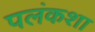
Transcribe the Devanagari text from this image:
पलंकशा